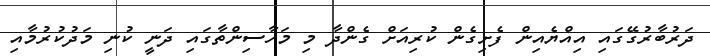
ދަރުބާރުގޭގައި އިއްޔެއިން ފެށިގެން ކުރިއަށް ގެންދާ މި މަހާސިންތާގައި ދަނީ ކުނި މަދުކުރުމާއި